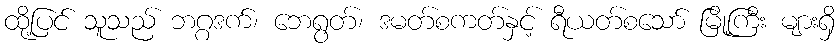
ထို့ပြင် သူသည် ဘဂ္ဂဒက်၊ ဘေရွတ်၊ ဒမတ်စကတ်နှင့် ရီယတ်စသော် မြို့ကြီး များရှိ